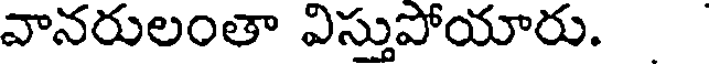
వానరులంతా విస్తుపోయారు.